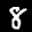
Label: 8